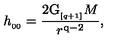
h _ { _ { 0 0 } } = { \frac { 2 \mathrm { G } _ { _ { [ q + 1 ] } } M } { r ^ { \mathrm { q - 2 } } } } ,